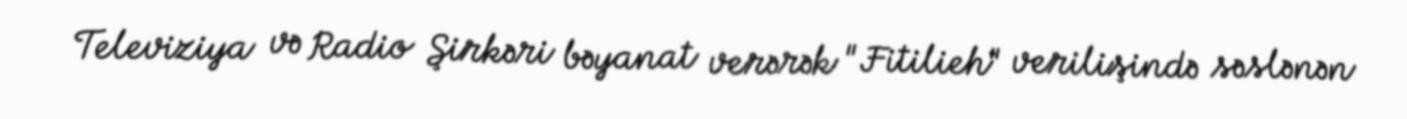
Televiziya və Radio Şirkəri bəyanat verərək "Fitilieh" verilişində səslənən